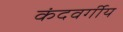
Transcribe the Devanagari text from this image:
कंदवर्गीय